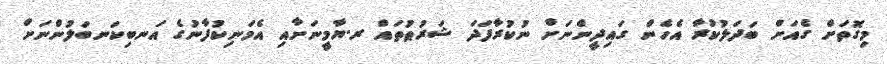
މިގޮތަށް ގެއަށް ބަދަލުކުރާ އެހެން ގައިދީންނަށް ނުކުރާފަދަ ޝަރުޠުތައް ރ.ޔާމީނަށާއި އެމަނިކުފާނުގެ އަނބިކަނބަލުންނަށް